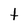
Character: t